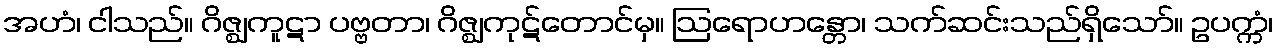
အဟံ၊ ငါသည်။ ဂိဇ္ဈကူဋာ ပဗ္ဗတာ၊ ဂိဇ္ဈကုဋ်တောင်မှ။ ဩရောဟန္တော၊ သက်ဆင်းသည်ရှိသော်။ ဥပက္ကံ၊